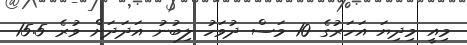
މިއީ މިދިޔަ އަހަރުގެ 10 މަސް ދުވަހު ލިބުނު އަދަދަށް ވުރެ 15.5